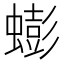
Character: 蟛